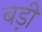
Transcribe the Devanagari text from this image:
बड़़ी